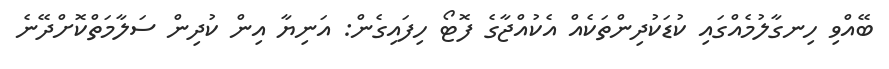
ބޭއްވި ހިނގާލުމެއްގައި ކުޑަކުދިންތަކެއް އެކުއްޖާގެ ފޮޓޯ ހިފައިގެން: އަނިޔާ އިން ކުދިން ސަލާމަތްކޮށްދޭނެ